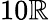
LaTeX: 10\mathbb{R}